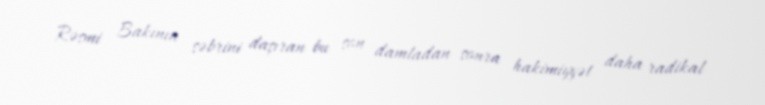
Rəsmi Bakının səbrini daşıran bu son damladan sonra hakimiyyət daha radikal